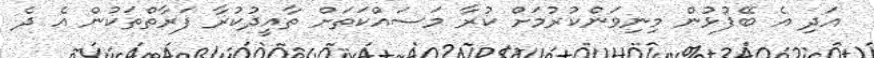
އަދި އެ ބޭފުޅުން މިނިވަންކުރުމަށް ކުރާ މަސައްކަތަށް ތާއީދުކުރާ ފަރާތްތަކުން އެ ދެ